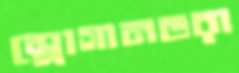
স্লোগানভরা